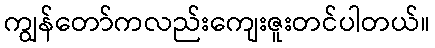
ကျွန်တော်ကလည်းကျေးဇူးတင်ပါတယ်။